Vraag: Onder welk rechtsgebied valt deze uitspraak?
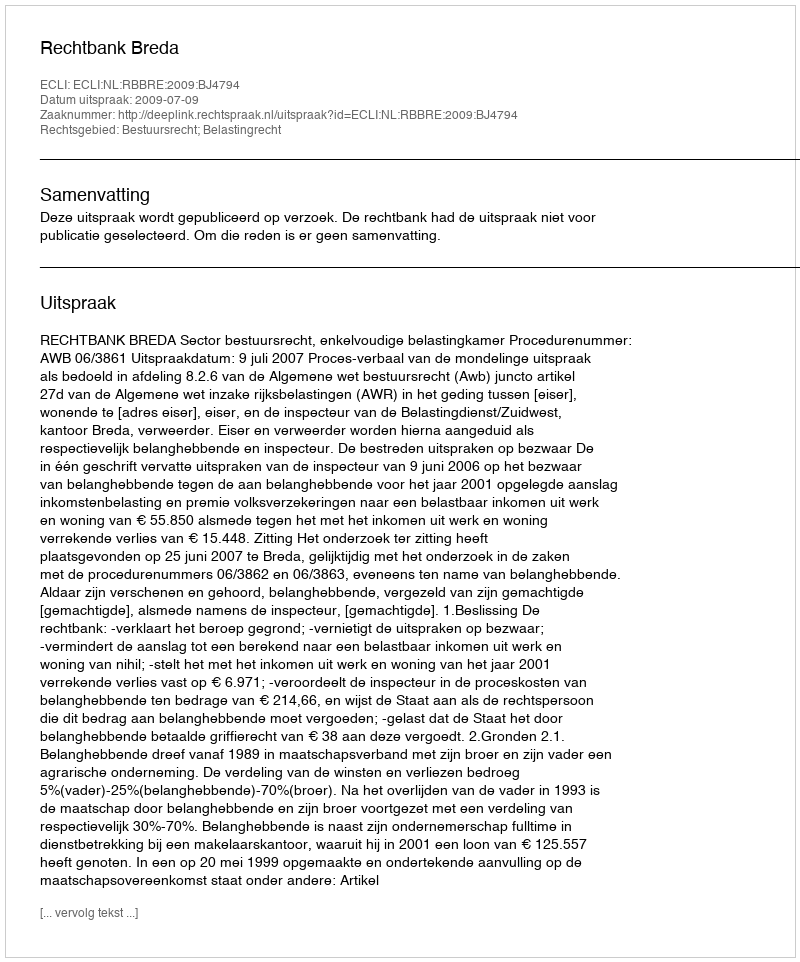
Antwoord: Bestuursrecht; Belastingrecht